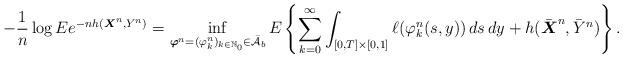
LaTeX: \begin{align*}-\frac{1}{n}\log {{E}}e^{-nh(\boldsymbol{X}^{n},Y^{n})}=\inf_{\boldsymbol{\varphi}^{n}=(\varphi _{k}^{n})_{k\in \mathbb{N}_{0}}\in \bar{\mathcal{A}}_{b}}{{E}}\left\{ \sum_{k=0}^{\infty }\int_{[0,T]\times \lbrack 0,1]}\ell(\varphi _{k}^{n}(s,y))\,ds\,dy+h(\bar{\boldsymbol{X}}^{n},{\bar{Y}}^{n})\right\} . \end{align*}